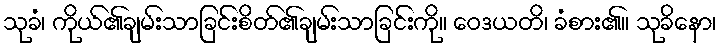
သုခံ၊ ကိုယ်၏ချမ်းသာခြင်းစိတ်၏ချမ်းသာခြင်းကို။ ဝေဒယတိ၊ ခံစား၏။ သုခိနော၊